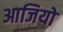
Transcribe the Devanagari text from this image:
आजियो